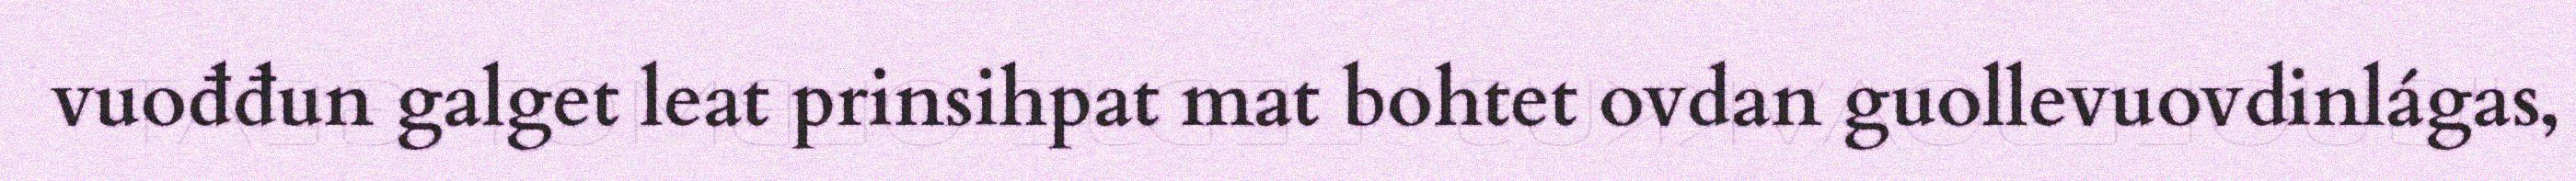
vuođđun galget leat prinsihpat mat bohtet ovdan guollevuovdinlágas,